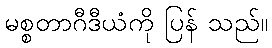
မစ္စတာဂီဒီယံကို ပြန် သည်။